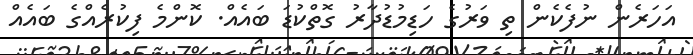
އަހަރެން ނުފެކެން ތި ވަރުގެ ހަޑިމުޑުދާރު ގޮތްކުޑަ ބައެއް. ކޮންމެ ފިކުރެއްގެ ބައެއް